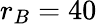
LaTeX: r_{B}=40